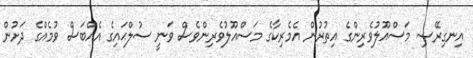
އިނގިރޭސި މަސްއޫލުވެރިންގެ އިތުރުން އެމެރިކާގެ މަސްއޫލުވެރިންވެސް ވަނީ ސުލްޙައިގެ އެއްބަސް ވުމެއްގެ ދަށުން